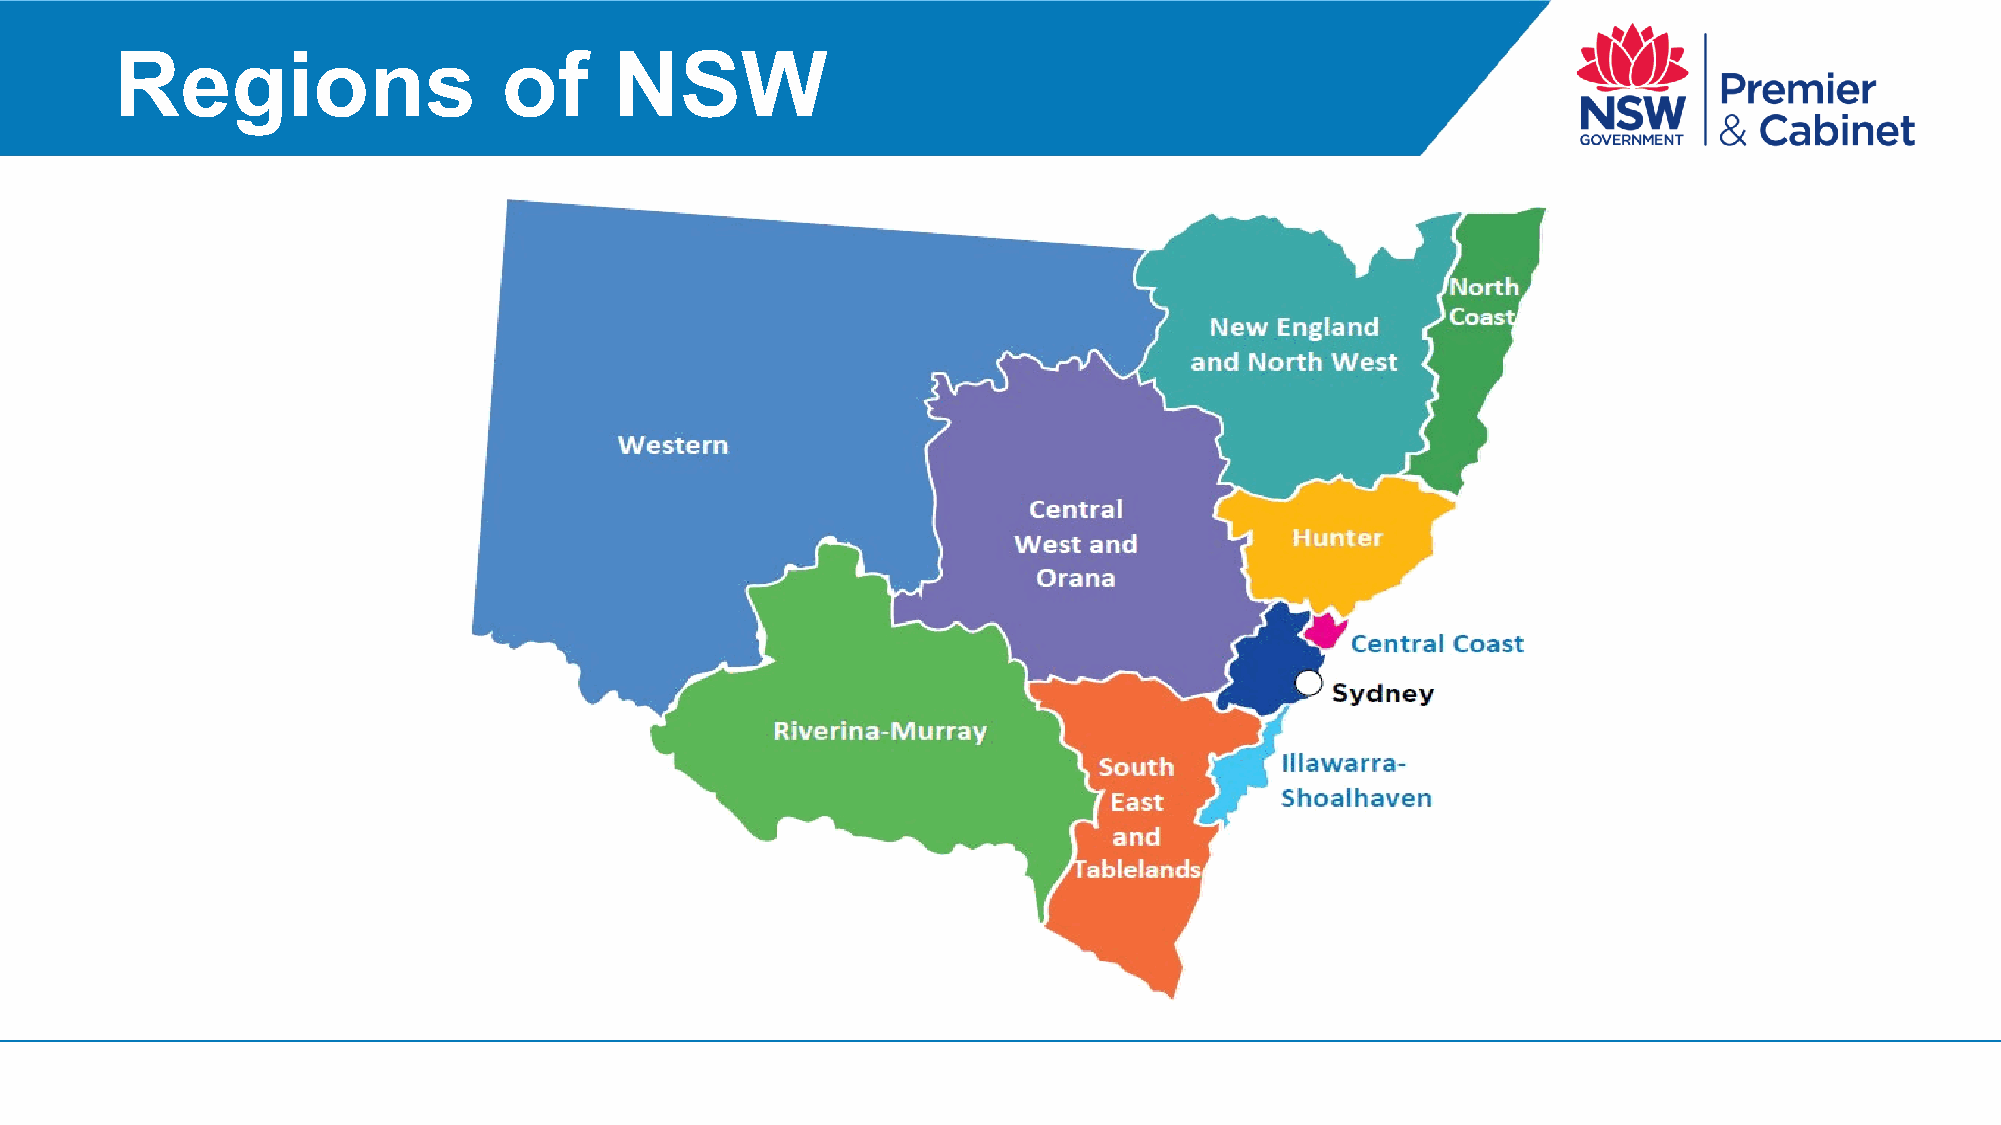
Regions                  of      NSW